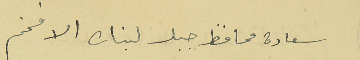
سعادة محافظ جبل لبنان الافخم